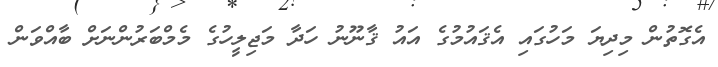
އެގޮތުން މިދިޔަ މަހުގައި އެޤައުމުގެ އައު ޤާނޫނު ހަދާ މަޖިލީހުގެ މެމްބަރުންނަށް ބާއްވަން